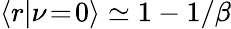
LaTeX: \left\langle r\middle|\nu\! =\! 0\right\rangle\simeq 1-1/\beta